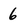
Character: 6